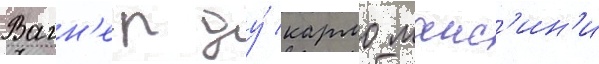
Вагн'ер ду́ кармо манс'ин'и